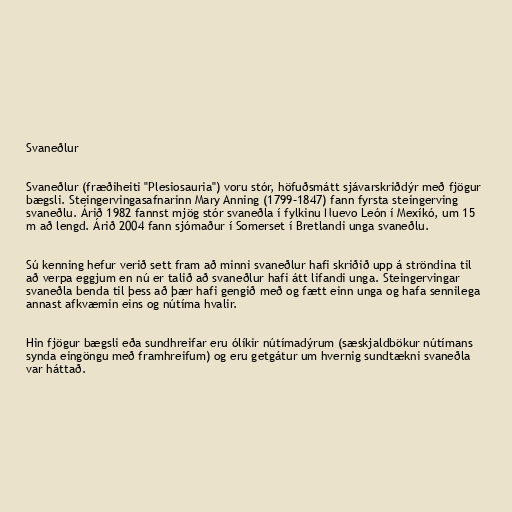
Svaneðlur

Svaneðlur (fræðiheiti "Plesiosauria") voru stór, höfuðsmátt sjávarskriðdýr með fjögur
bægsli. Steingervingasafnarinn Mary Anning (1799–1847) fann fyrsta steingerving
svaneðlu. Árið 1982 fannst mjög stór svaneðla í fylkinu Nuevo León í Mexíkó, um 15
m að lengd. Árið 2004 fann sjómaður í Somerset í Bretlandi unga svaneðlu.

Sú kenning hefur verið sett fram að minni svaneðlur hafi skriðið upp á ströndina til
að verpa eggjum en nú er talið að svaneðlur hafi átt lifandi unga. Steingervingar
svaneðla benda til þess að þær hafi gengið með og fætt einn unga og hafa sennilega
annast afkvæmin eins og nútíma hvalir.

Hin fjögur bægsli eða sundhreifar eru ólíkir nútímadýrum (sæskjaldbökur nútímans
synda eingöngu með framhreifum) og eru getgátur um hvernig sundtækni svaneðla
var háttað.